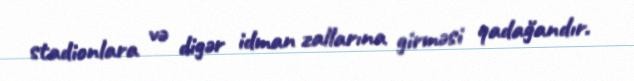
stadionlara və digər idman zallarına girməsi qadağandır.